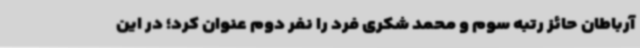
آرباطان حائز رتبه سوم و محمد شکری فرد را نفر دوم عنوان کرد؛ در این